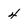
Character: 4